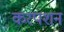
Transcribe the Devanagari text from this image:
करपशन